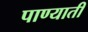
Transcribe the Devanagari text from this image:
पाण्याती